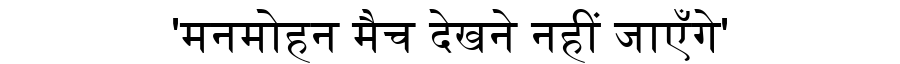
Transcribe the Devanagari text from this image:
'मनमोहन मैच देखने नहीं जाएँगे'